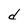
Character: d